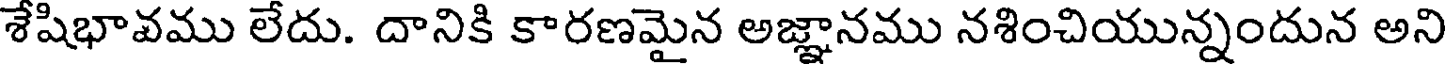
శేషిభావము లేదు. దానికి కారణమైన అజ్ఞానము నశించియున్నందున అని